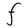
Character: F